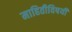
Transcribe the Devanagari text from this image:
माहितीविषयी